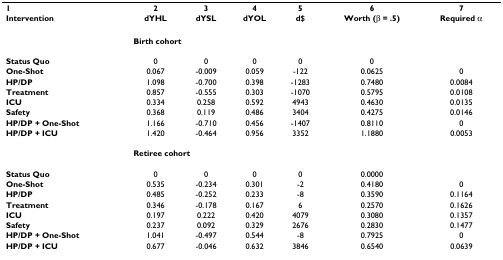
<table><thead><tr><td><b>1</b></td><td><b>2</b></td><td><b>3</b></td><td><b>4</b></td><td><b>5</b></td><td><b>6</b></td><td><b>7</b></td></tr><tr><td><b>Intervention</b></td><td><b>dYHL</b></td><td><b>dYSL</b></td><td><b>dYOL</b></td><td><b>d$</b></td><td><b>Worth (β = .5)</b></td><td><b>Required α</b></td></tr></thead><tbody><tr><td></td><td colspan="2"><b>Birth cohort</b></td><td></td><td></td><td></td><td></td></tr><tr><td><b>Status Quo</b></td><td>0</td><td>0</td><td>0</td><td>0</td><td>0</td><td></td></tr><tr><td><b>One-Shot</b></td><td>0.067</td><td>-0.009</td><td>0.059</td><td>-122</td><td>0.0625</td><td>0</td></tr><tr><td><b>HP/DP</b></td><td>1.098</td><td>-0.700</td><td>0.398</td><td>-1283</td><td>0.7480</td><td>0.0084</td></tr><tr><td><b>Treatment</b></td><td>0.857</td><td>-0.555</td><td>0.303</td><td>-1070</td><td>0.5795</td><td>0.0108</td></tr><tr><td><b>ICU</b></td><td>0.334</td><td>0.258</td><td>0.592</td><td>4943</td><td>0.4630</td><td>0.0135</td></tr><tr><td><b>Safety</b></td><td>0.368</td><td>0.119</td><td>0.486</td><td>3404</td><td>0.4275</td><td>0.0146</td></tr><tr><td><b>HP/DP + One-Shot</b></td><td>1.166</td><td>-0.710</td><td>0.456</td><td>-1407</td><td>0.8110</td><td>0</td></tr><tr><td><b>HP/DP + ICU</b></td><td>1.420</td><td>-0.464</td><td>0.956</td><td>3352</td><td>1.1880</td><td>0.0053</td></tr><tr><td></td><td colspan="2"><b>Retiree cohort</b></td><td></td><td></td><td></td><td></td></tr><tr><td><b>Status Quo</b></td><td>0</td><td>0</td><td>0</td><td>0</td><td>0.0000</td><td></td></tr><tr><td><b>One-Shot</b></td><td>0.535</td><td>-0.234</td><td>0.301</td><td>-2</td><td>0.4180</td><td>0</td></tr><tr><td><b>HP/DP</b></td><td>0.485</td><td>-0.252</td><td>0.233</td><td>-8</td><td>0.3590</td><td>0.1164</td></tr><tr><td><b>Treatment</b></td><td>0.346</td><td>-0.178</td><td>0.167</td><td>6</td><td>0.2570</td><td>0.1626</td></tr><tr><td><b>ICU</b></td><td>0.197</td><td>0.222</td><td>0.420</td><td>4079</td><td>0.3080</td><td>0.1357</td></tr><tr><td><b>Safety</b></td><td>0.237</td><td>0.092</td><td>0.329</td><td>2676</td><td>0.2830</td><td>0.1477</td></tr><tr><td><b>HP/DP + One-Shot</b></td><td>1.041</td><td>-0.497</td><td>0.544</td><td>-8</td><td>0.7925</td><td>0</td></tr><tr><td><b>HP/DP + ICU</b></td><td>0.677</td><td>-0.046</td><td>0.632</td><td>3846</td><td>0.6540</td><td>0.0639</td></tr></tbody></table>